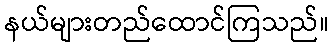
နယ်များတည်ထောင်ကြသည်။